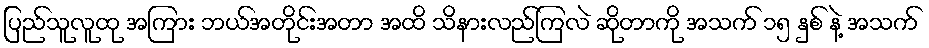
ပြည်သူလူထု အကြား ဘယ်အတိုင်းအတာ အထိ သိနားလည်ကြလဲ ဆိုတာကို အသက် ၁၅ နှစ် နဲ့ အသက်